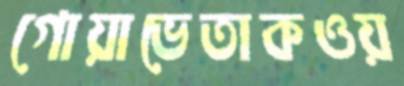
গোয়াভেতাকওয়